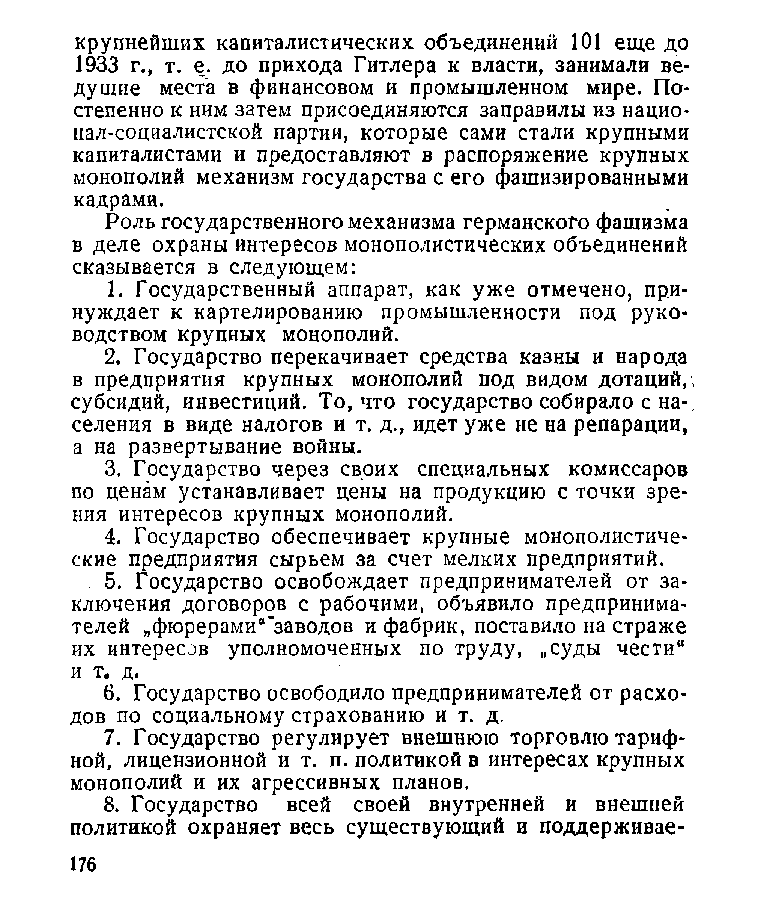
крупнейших капиталистических объединений 101 еще до
 1933 г., т. е. до прихода Гитлера к власти, занимали ве­
 дущие места в финансовом и промышленном мире. По­
 степенно к ним затем присоединяются заправилы из нацио­
 нал-социалистской партии, которые сами стали крупными
 капиталистами и предоставляют в распоряжение крупных
 монополий механизм государства с его фашизированными
 кадрами.
 Роль государственного механизма германского фашизма
 в деле охраны интересов монополистических объединений
 сказывается в следующем:
 1. Государственный аппарат, как уже отмечено, при­
 нуждает к картелированию промышленности под руко­
 водством крупных монополий.
 2. Государство перекачивает средства казны и народа
 в предприятия крупных монополий под видом дотаций,,
 субсидий, инвестиций. То, что государство собирало с на-,
 селения в виде налогов и т. д., идет уже не на репарации,
 а на развертывание войны.
 3. Государство через своих специальных комиссаров
 по ценам устанавливает цены на продукцию с точки зре­
 ния интересов крупных монополий.
 4. Государство обеспечивает крупные монополистиче­
 ские предприятия сырьем за счет мелких предприятий.
 . 5. Государство освобождает предпринимателей от за­
 ключения договоров с рабочими, объявило предпринима­
 телей „фюрерами“'заводов и фабрик, поставило на страже
 их интересов уполномоченных по труду, „суды чести“
 и т. д.
 6. Государство освободило предпринимателей от расхо­
 дов по социальному страхованию и т. д.
 7. Государство регулирует внешнюю торговлю тариф­
 ной, лицензионной и т. п. политикой в интересах крупных
 монополий и их агрессивных планов.
 8. Государство всей своей внутренней и внешней
 политикой охраняет весь существующий и поддерживае­
 176